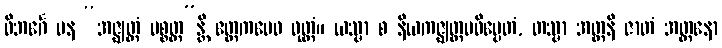
ဝိဘင်္ဂေ ပန “အဇ္ဈတ္တံ ပစ္စတ္တ”န္တိ ဧတ္တကမေဝ ဝုတ္တံ။ ယသ္မာ စ နိယကဇ္ဈတ္တမဓိပ္ပေတံ, တသ္မာ အတ္တနိ ဇာတံ အတ္တနော